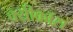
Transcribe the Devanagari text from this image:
क्य्रीकॉस